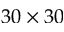
3 0 \times 3 0